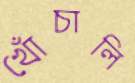
খোঁচালি